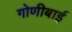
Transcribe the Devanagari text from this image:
गोणीबाई